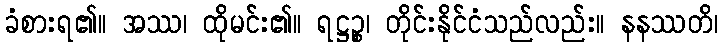
ခံစားရ၏။ အဿ၊ ထိုမင်း၏။ ရဋ္ဌဉ္စ၊ တိုင်းနိုင်ငံသည်လည်း။ နနဿတိ၊